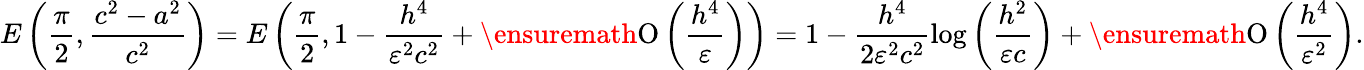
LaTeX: E\left(\frac{\pi}{2},\frac{c^{2}-a^{2}}{c^{2}}\right)=E\left(\frac{\pi}{2},1-\frac{h^{4}}{\varepsilon^{2}c^{2}}+\ensuremath{\operatorname{O}\left(\frac{h^{4}}{\varepsilon}\right)}\right)=1-\frac{h^{4}}{2\varepsilon^{2}c^{2}}\log{\left(\frac{h^{2}}{\varepsilon c}\right)}+\ensuremath{\operatorname{O}\left(\frac{h^{4}}{\varepsilon^{2}}\right)}.